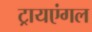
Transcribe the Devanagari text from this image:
ट्रायएंगल